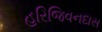
હરિજિવનદાસ